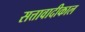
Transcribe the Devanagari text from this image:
सत्तावादीकाल